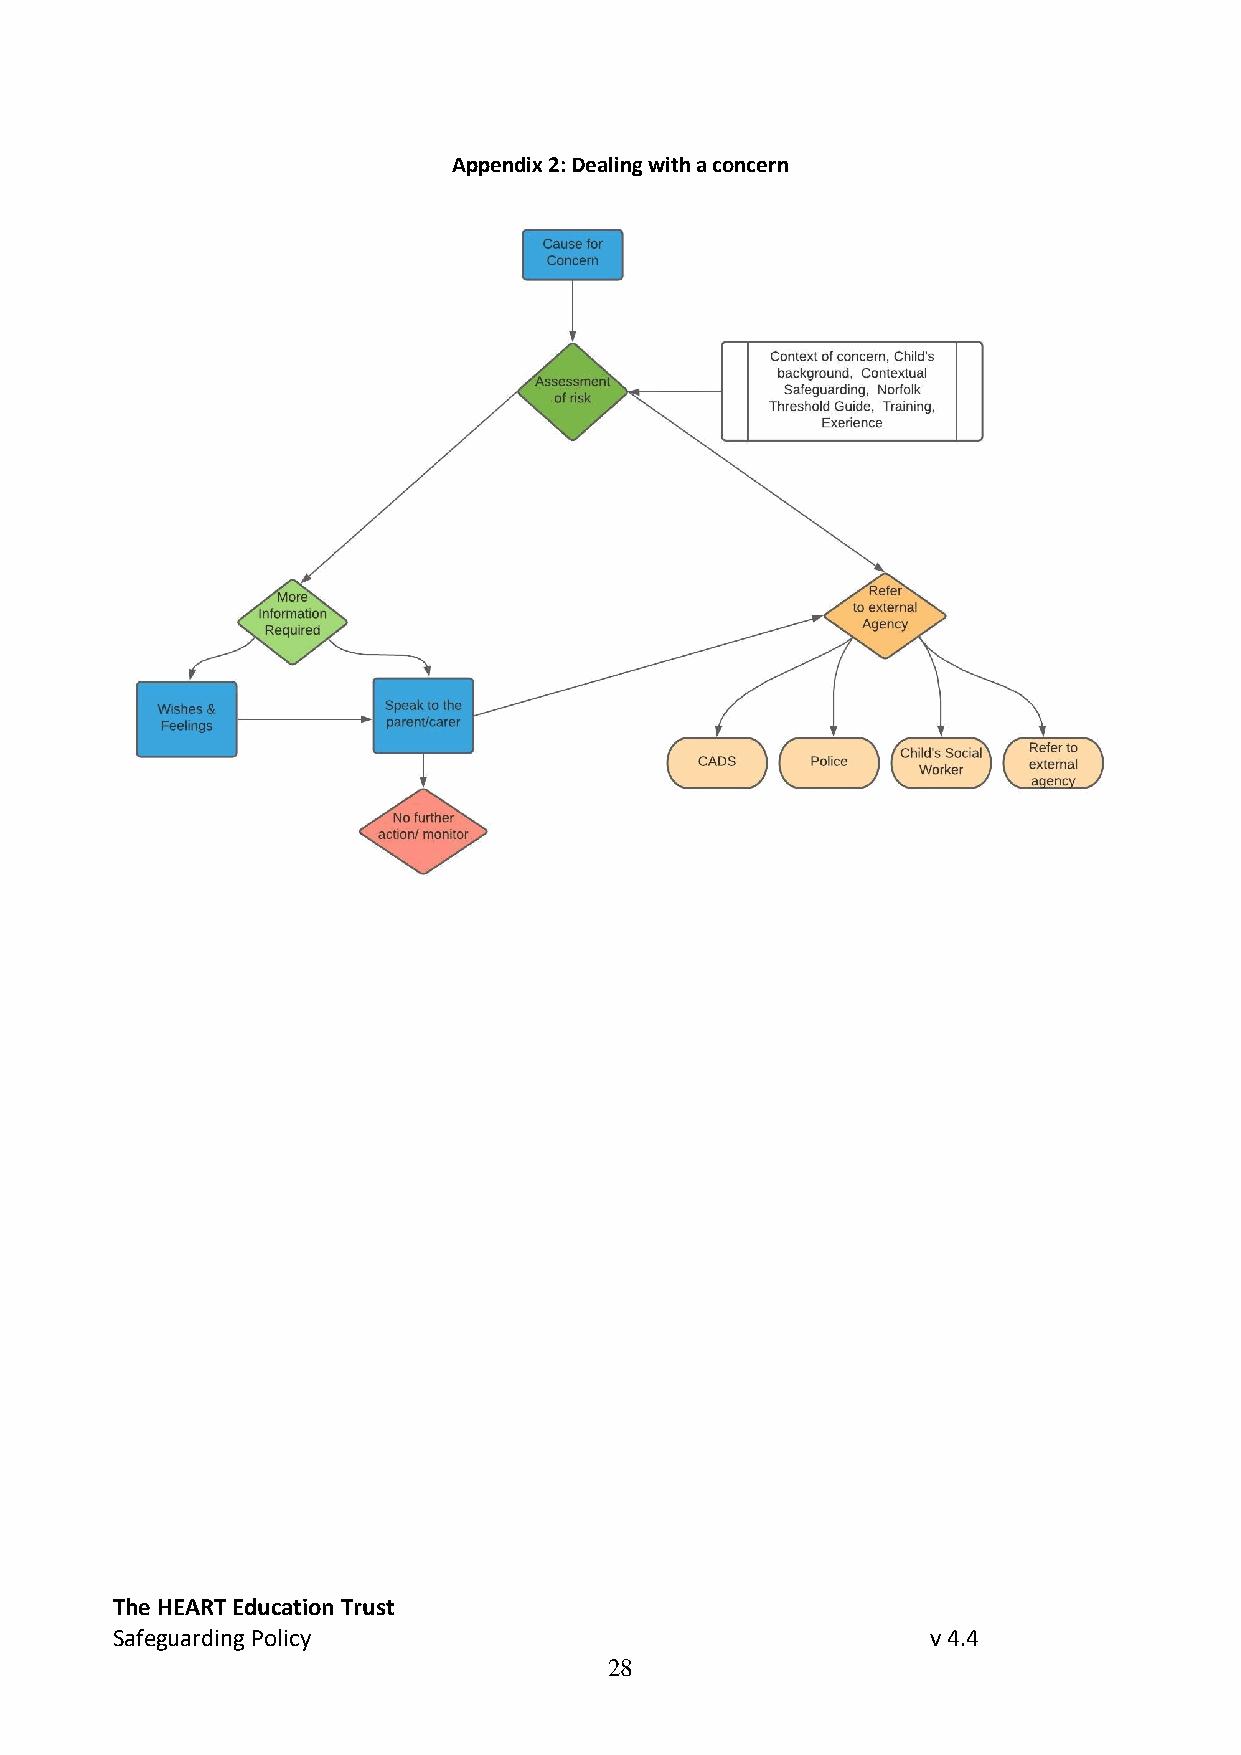
Appendix 2: Dealing with a concern
 The HEART Education Trust
 Safeguarding Policy                                    v 4.4
 28